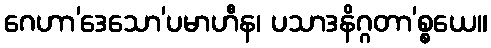
ဂေဟာ’ဒေသော’ပမာဟီန၊ ပသာဒနိဂ္ဂတာ’စ္စယေ။